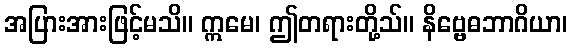
အပြားအားဖြင့်မသိ။ ဣမေ၊ ဤတရားတို့သ်။ နိဗ္ဗေဓဘာဂိယာ၊